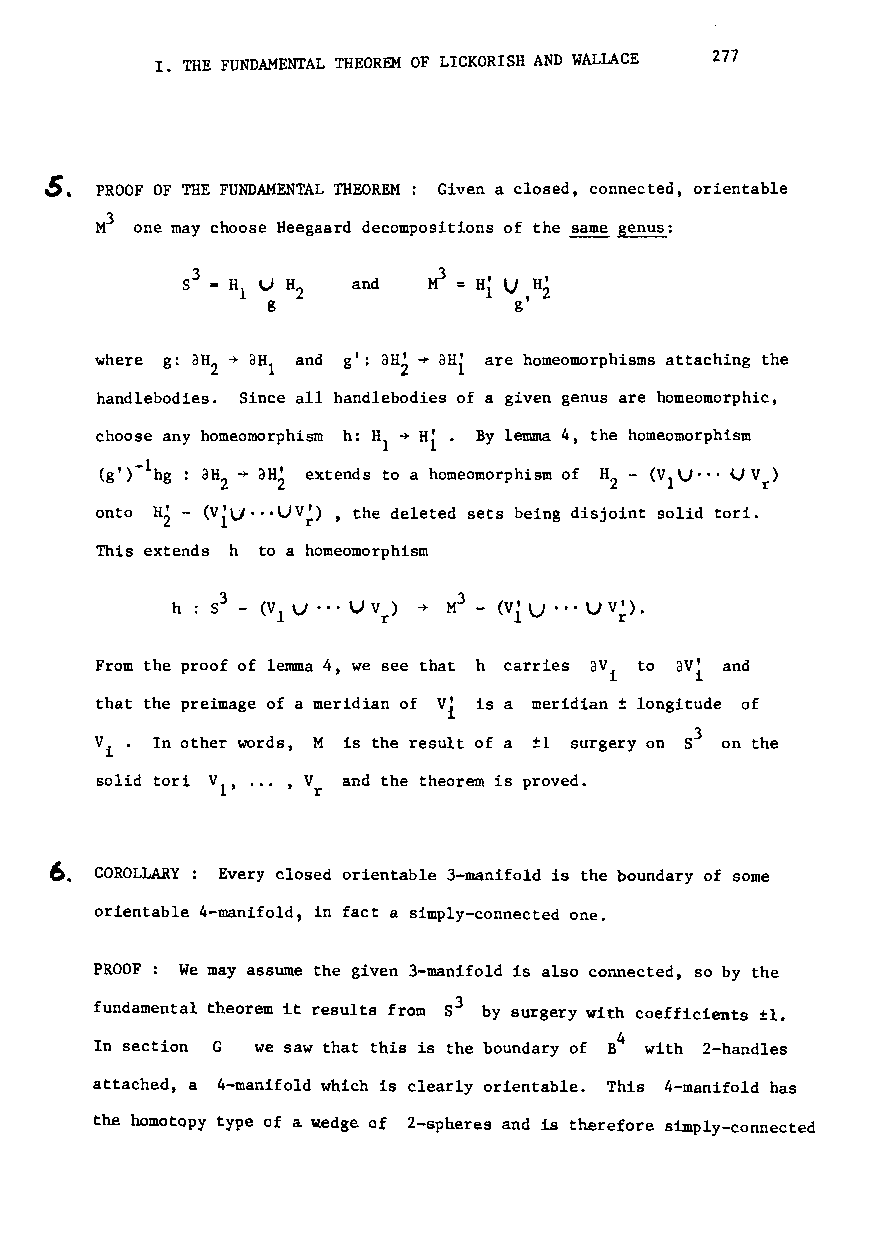
I. THE FUNDAMENTAL THEOREM OF LICKORISH AND WALLACE 277
 ~. PROOF OF THE FUNDAMENTAL THEOREM: Given a closed, connected, orientable
 3
 M  one may choose Heegaard decompositions of the same genus:
 3
 and  M = HI' V H'
 gt 2
 where g: aH ~ aH and g': aHi ~ aRi are homeomorphisms attaching the
 2   1
 handlebodies. Since all handlebodies of a given genus are homeomorphic,
 choose any homeomorphism h: HI ~ Hi. By lemma 4, the homeomorphism
 -1                                  u·..
 (g') hg aH 2 -+ aH~ extends to a homeomorphism of HZ - (V1 V Vr)
 Hi - u ···
 onto   (Vi  UV;) , the deleted sets being disjoint solid tori.
 This extends h to a homeomorphism
 h : S3 - (V1 V··· U Vr) -+ M3 - (Vi u ···U V;)•
 avi
 From the proof of lemma 4, we see that h carries avi to and
 that the preimage of a meridian of V' is a meridian ± longitude of
 i
 Vi  In other words, M is the result of a ±1 surgery on 53 on the
 solid tori VI' ... ,V and the theorem is proved.
 r
 ~. COROLLARY: Every closed orientable 3-manifold is the boundary of some
 orientable 4-manifold, in fact a simply-connected one.
 PROOF: We may assume the given 3-manifold is also connected, so by the
 3
 fundamental theorem it results from 8 by surgery with coefficients fl.
 4
 In section G we saw that this is the boundary of B with 2-handles
 attached, a 4-manifold which is clearly orientable. This 4-manifold has
 the homotopy type of a wedge of 2-spheres and is therefore simply-connected